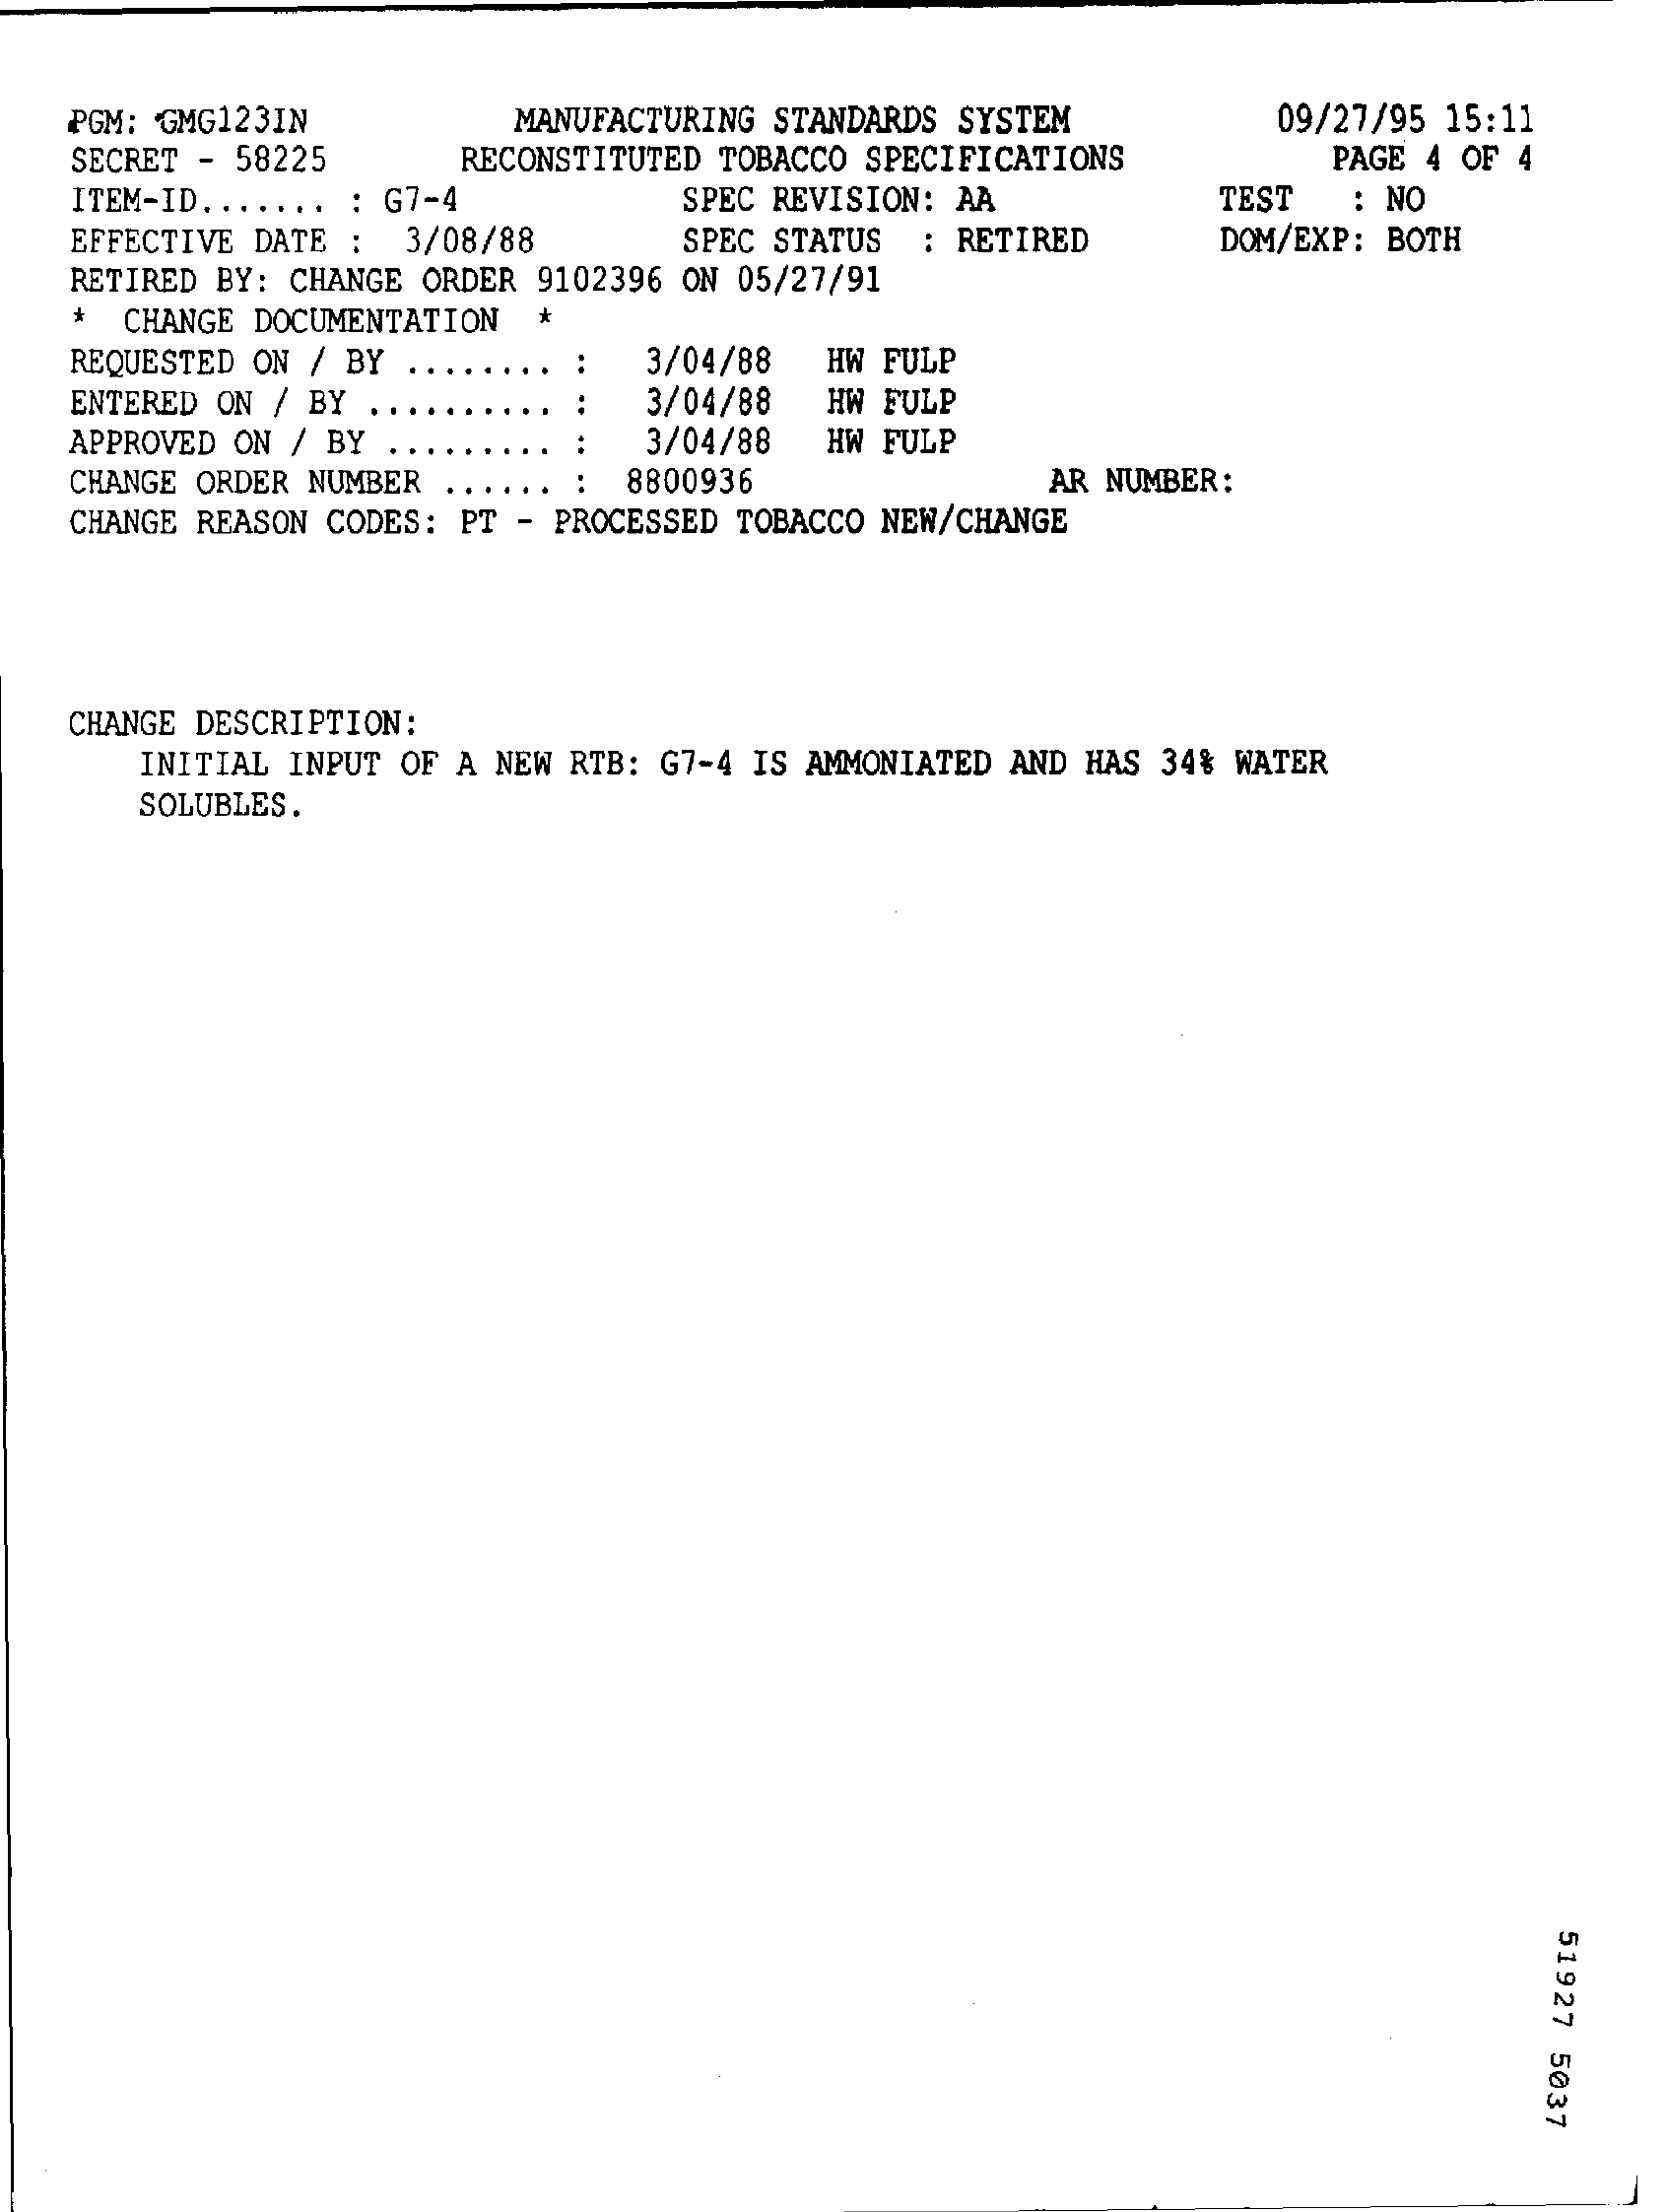
PGM: GMG123IN   MANUFACTURING STANDARDS SYSTEM 09/27/95 15:11
   SECRET - 58225 RECONSTITUTED TOBACCO SPECIFICATIONS PAGE 4 OF 4
   ITEM-ID ....... : G7-4 SPEC REVISION: AA  TEST : NO
   EFFECTIVE DATE : 3/08/88 SPEC STATUS : RETIRED DOM/EXP: BOTH
   RETIRED BY: CHANGE ORDER 9102396 ON 05/27/91
   * CHANGE DOCUMENTATION
   REQUESTED ON / BY    3/04/88 HW FULP
   ENTERED ON / BY .    3/04/88 HW FULP
   APPROVED ON / BY    3/04/88 HW FULP
   CHANGE ORDER NUMBER 8800936    AR NUMBER:
   CHANGE REASON CODES: PT - PROCESSED TOBACCO NEW/CHANGE
   CHANGE DESCRIPTION:
     INITIAL INPUT OF A NEW RTB: G7-4 IS AMMONIATED AND HAS 34% WATER
     SOLUBLES.
     51927
     5037
     -